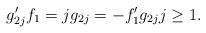
LaTeX: \begin{align*}g'_{2j}f_1 = j g_{2j} = -f'_1g_{2j} j \geq 1.\end{align*}